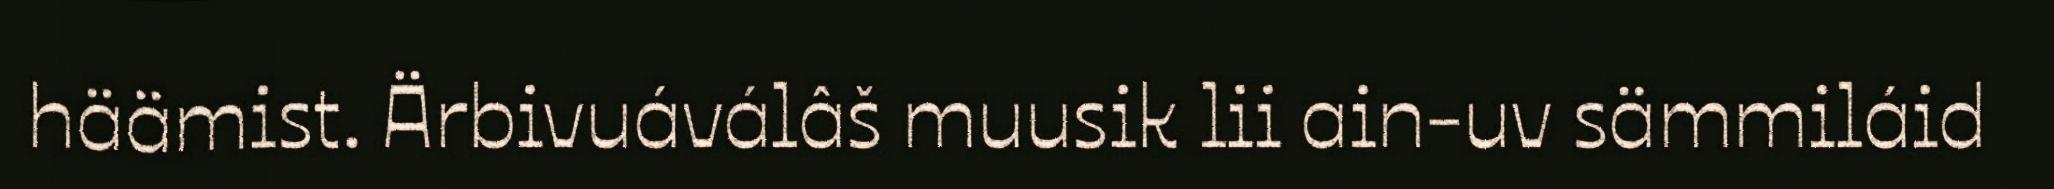
häämist. Ärbivuáválâš muusik lii ain-uv sämmiláid